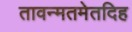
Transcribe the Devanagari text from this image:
तावन्मतमेतदिह